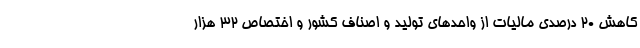
کاهش ۲۰ درصدی مالیات از واحدهای تولید و اصناف کشور و اختصاص ۳۲ هزار